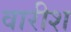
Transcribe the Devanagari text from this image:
वारीश